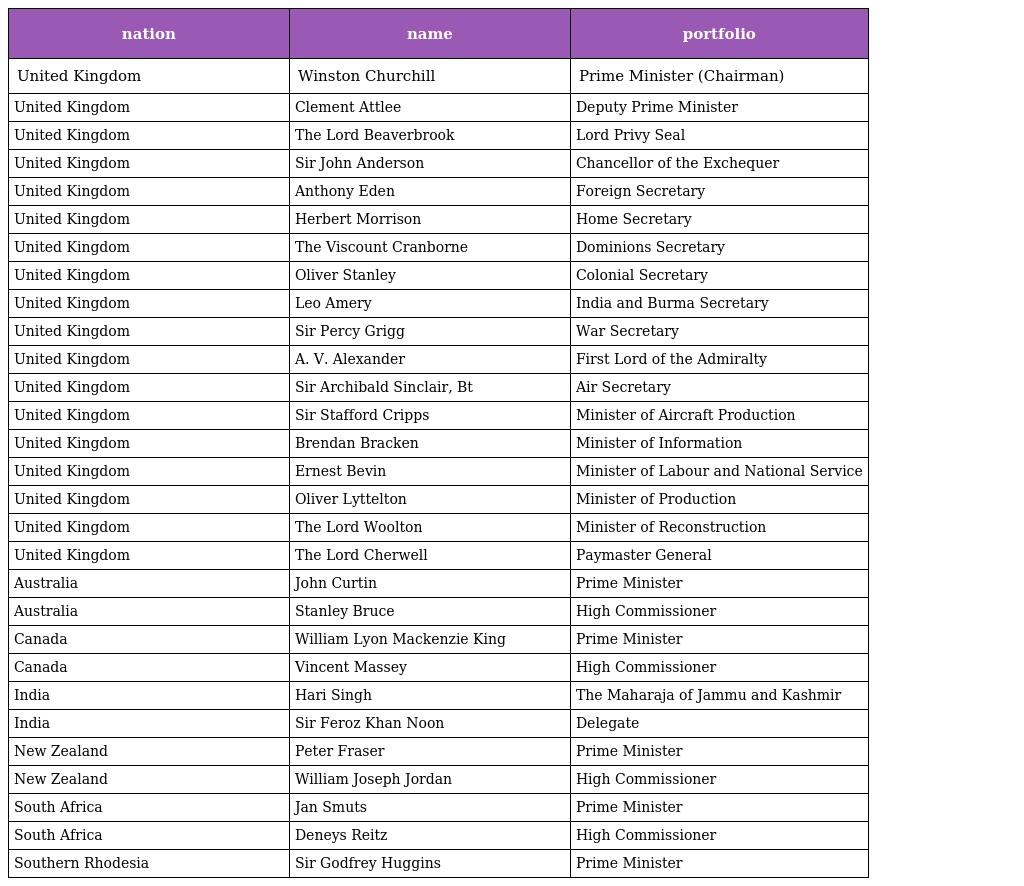
| nation | name | portfolio |
 | --- | --- | --- |
 | United Kingdom | Winston Churchill | Prime Minister (Chairman) |
 | United Kingdom | Clement Attlee | Deputy Prime Minister |
 | United Kingdom | The Lord Beaverbrook | Lord Privy Seal |
 | United Kingdom | Sir John Anderson | Chancellor of the Exchequer |
 | United Kingdom | Anthony Eden | Foreign Secretary |
 | United Kingdom | Herbert Morrison | Home Secretary |
 | United Kingdom | The Viscount Cranborne | Dominions Secretary |
 | United Kingdom | Oliver Stanley | Colonial Secretary |
 | United Kingdom | Leo Amery | India and Burma Secretary |
 | United Kingdom | Sir Percy Grigg | War Secretary |
 | United Kingdom | A. V. Alexander | First Lord of the Admiralty |
 | United Kingdom | Sir Archibald Sinclair, Bt | Air Secretary |
 | United Kingdom | Sir Stafford Cripps | Minister of Aircraft Production |
 | United Kingdom | Brendan Bracken | Minister of Information |
 | United Kingdom | Ernest Bevin | Minister of Labour and National Service |
 | United Kingdom | Oliver Lyttelton | Minister of Production |
 | United Kingdom | The Lord Woolton | Minister of Reconstruction |
 | United Kingdom | The Lord Cherwell | Paymaster General |
 | Australia | John Curtin | Prime Minister |
 | Australia | Stanley Bruce | High Commissioner |
 | Canada | William Lyon Mackenzie King | Prime Minister |
 | Canada | Vincent Massey | High Commissioner |
 | India | Hari Singh | The Maharaja of Jammu and Kashmir |
 | India | Sir Feroz Khan Noon | Delegate |
 | New Zealand | Peter Fraser | Prime Minister |
 | New Zealand | William Joseph Jordan | High Commissioner |
 | South Africa | Jan Smuts | Prime Minister |
 | South Africa | Deneys Reitz | High Commissioner |
 | Southern Rhodesia | Sir Godfrey Huggins | Prime Minister |